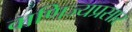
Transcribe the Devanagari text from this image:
वाणिज्यप्रसार